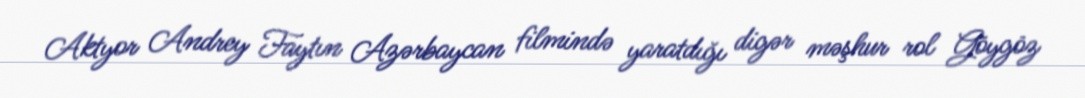
Aktyor Andrey Faytın Azərbaycan filmində yaratdığı digər məşhur rol Göygöz